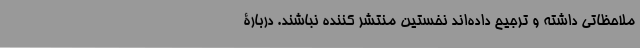
ملاحظاتی داشته و ترجیح داده‌اند نخستین منتشر کننده نباشند. دربارۀ